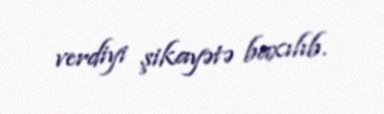
verdiyi şikayətə baxılıb.